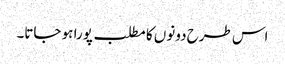
اس طرح دونوں کا مطلب پورا ہو جاتا۔